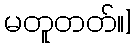
မတူတတ်။]